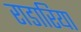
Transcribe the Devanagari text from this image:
राडारिया